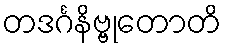
တဒင်္ဂနိဗ္ဗုတောတိ